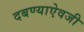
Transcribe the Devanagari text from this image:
दबण्याऐवजी